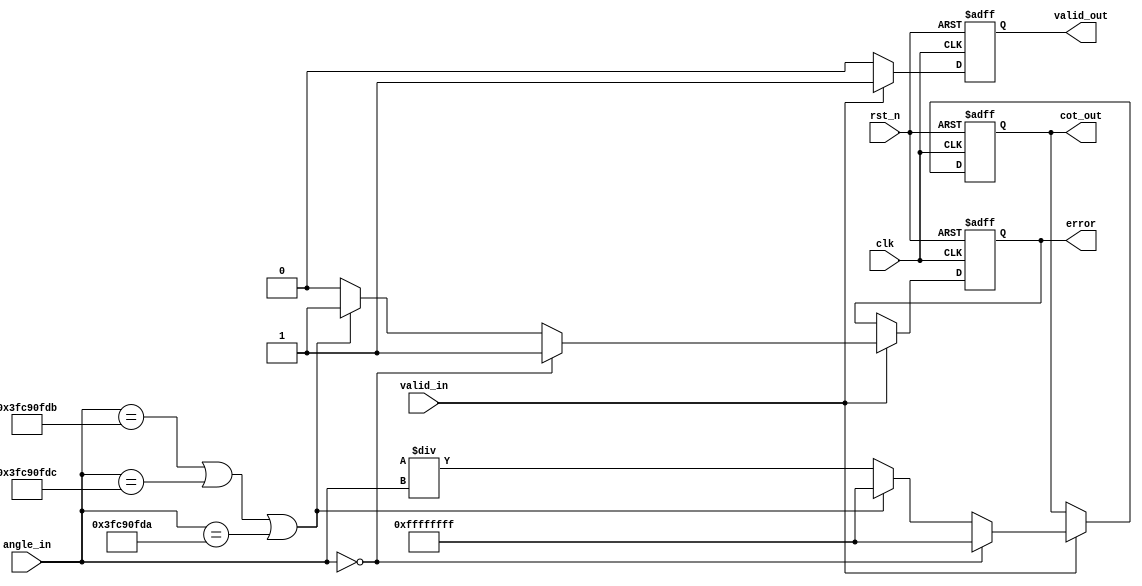
module Cotangent (
    input wire clk,
    input wire rst_n,
    input wire valid_in,
    input wire [31:0] angle_in, // Input angle in radians (fixed-point representation)
    output reg valid_out,
    output reg [31:0] cot_out,   // Output cotangent value
    output reg error             // Error signal (e.g., division by zero)
);

    parameter PI_DIV2 = 32'h3FC90FDB;  // /2 in fixed-point representation
    parameter EPSILON = 32'h00000001;  // Small constant to handle cases near zero

    reg [31:0] tan_value;

    // External tangent computation (placeholder for real implementation)
    function [31:0] calculate_tan;
        input [31:0] angle;
        // Simple polynomial approximation for demonstration (not accurate)
        begin
            // Add your actual tangent calculation logic here
            // For demonstration, let's assume tan(x) = x (linear approximation)
            calculate_tan = angle;
        end
    endfunction

    // Compute cotangent: cot(x) = 1/tan(x)
    always @(posedge clk or negedge rst_n) begin
        if (!rst_n) begin
            valid_out <= 0;
            cot_out <= 32'h00000000; // Initialize our output to zero
            error <= 0;              // Clear error
        end else if (valid_in) begin
            // Calculate tangent
            tan_value = calculate_tan(angle_in);
            
            // Handle the edge cases
            if (tan_value == 32'h00000000) begin // Tan(x) = 0 leads to division by zero
                cot_out <= 32'hFFFFFFFF; // Set output to max for infinity (or an appropriate value)
                error <= 1;              // Set error signal
            end else if ((angle_in == PI_DIV2) || // Handle odd multiples of /2
                         (angle_in == (PI_DIV2 + 32'h00000001)) ||
                         (angle_in == (PI_DIV2 - 32'h00000001)) 
                         // Further conditions for odd multiples of /2 could be added
                        ) begin
                cot_out <= 32'hFFFFFFFF; // Set output to max for infinity (or an appropriate value)
                error <= 1;              // Set error signal
            end else begin
                error <= 0;                               // Clear error
                cot_out <= (32'h00000001 << 32) / tan_value; // Compute cotangent
            end
            
            valid_out <= 1; // Indicate the output is valid
        end else begin
            valid_out <= 0; // Reset output valid signal
        end
    end

endmodule